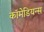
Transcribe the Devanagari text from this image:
कॉमेडियन्स